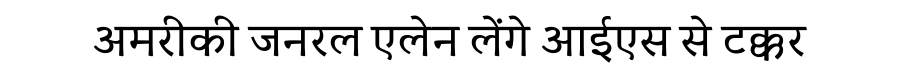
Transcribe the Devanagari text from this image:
अमरीकी जनरल एलेन लेंगे आईएस से टक्कर